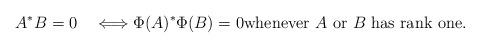
LaTeX: \begin{align*}A^*B = 0 \quad\Longleftrightarrow \Phi(A)^* \Phi(B) = 0 \hbox{whenever $A$ or $B$ has rank one}.\end{align*}